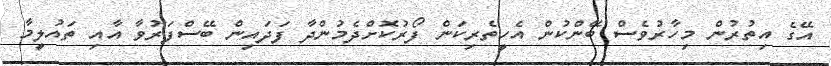
އޭގެ އިތުރުން މިހާރުވެސް ބޭންކުން އެހީތެރިކަން ފޯރުކޮށްދެމުންދާ ފަދައިން ބޭސްފަރުވާ އާއި ތައުލީމާ